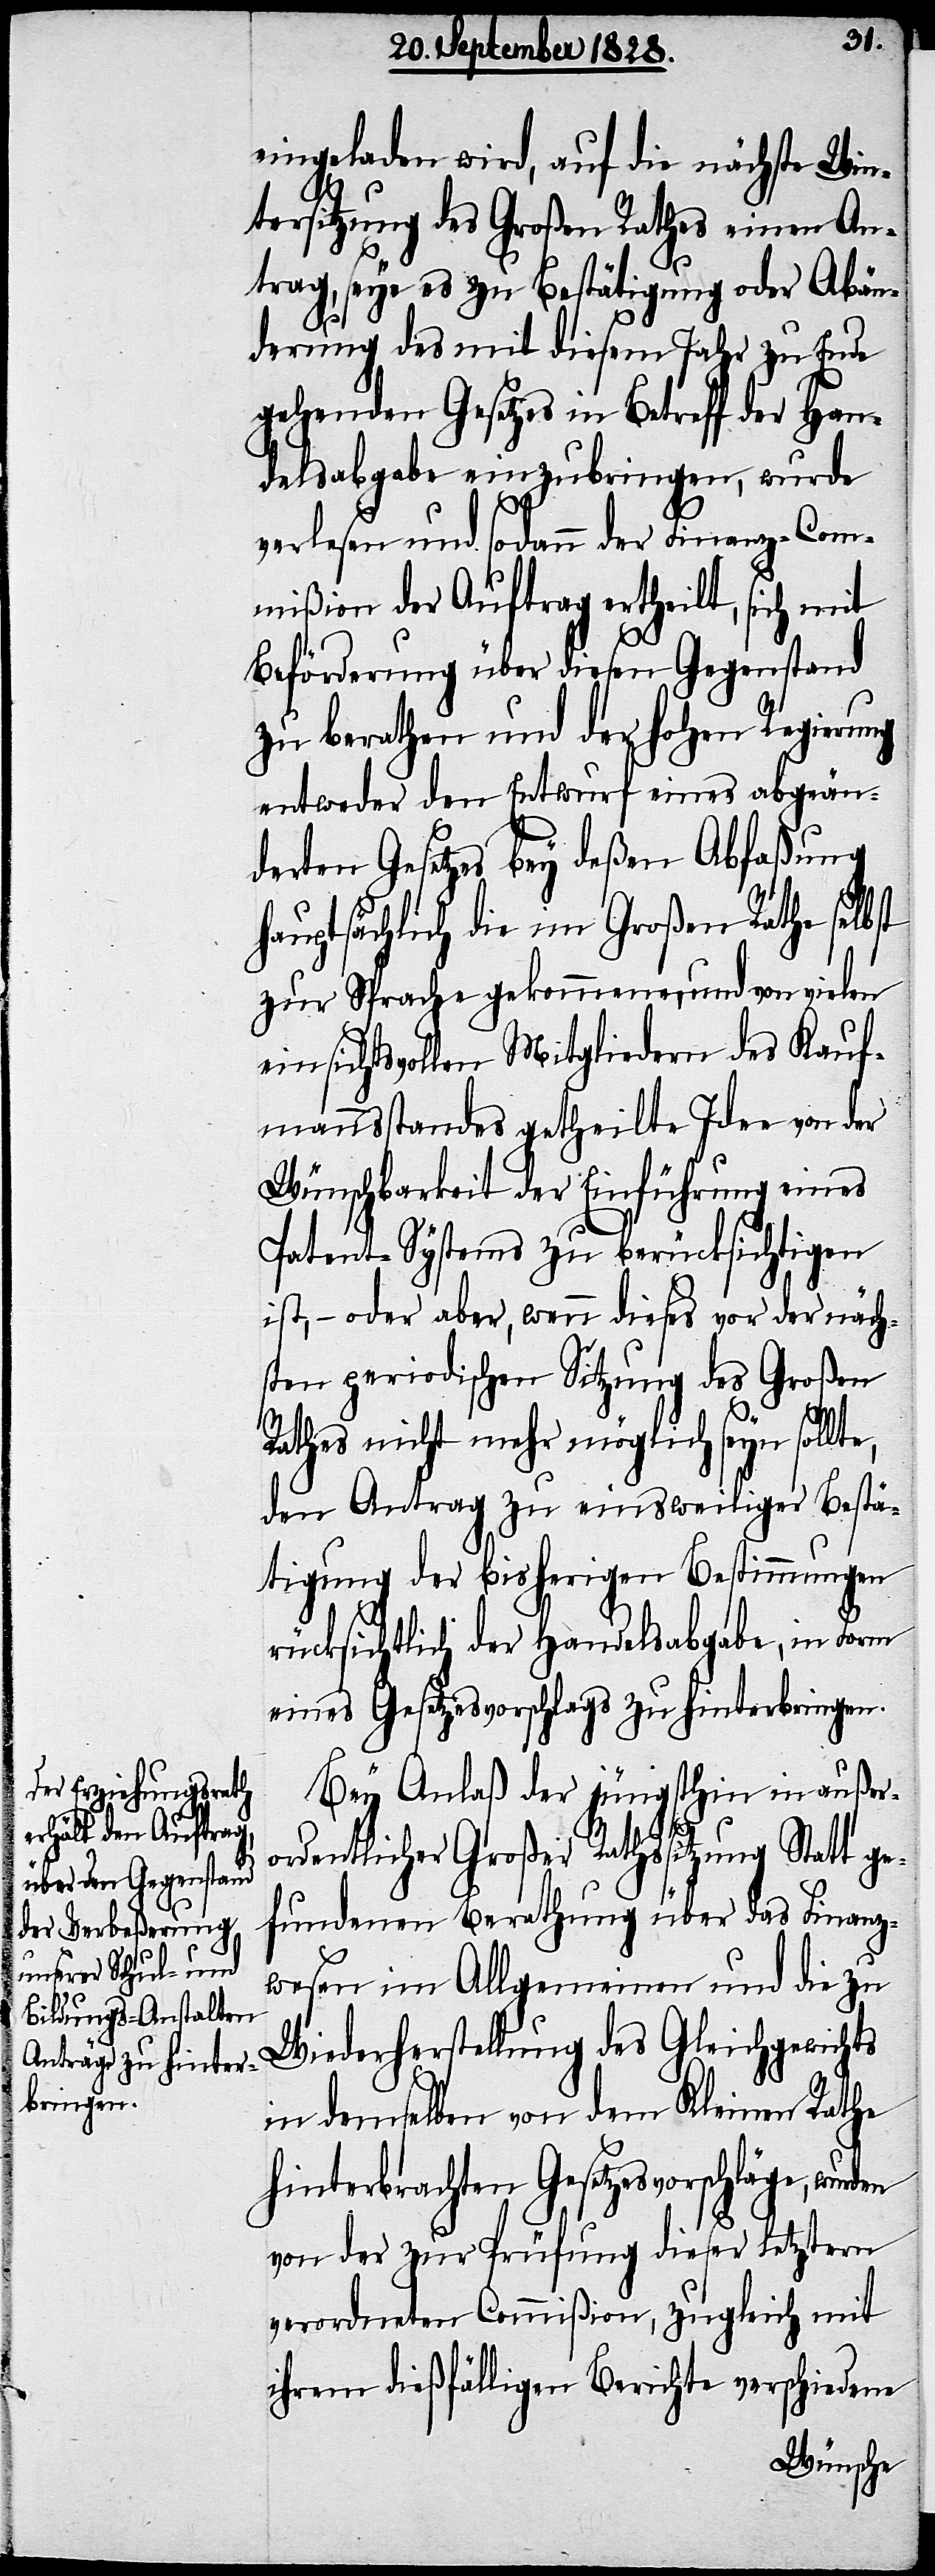
eingeladen wird, auf die nächste Win¬
e,
tersitzung des Großen Rathes einen An¬
trag, seye es zu Bestätigung oder Abän¬
derung des mit diesem Jahr zu Ende
gehenden Gesetzes in Betreff der Han¬
delsabgabe einzubringen, wurde
verlesen und sodann der Finanz-Com¬
mißion der Auftrag ertheilt, sich mit
Beförderung über diesen Gegenstand
zu berathen und der hohen Regierung
entweder den Entwurf eines abgeän¬
derten Gesetzes bey deßen Abfaßung
hauptsächlich die im Großen Rathe selbst
zur Sprache gekommene, und von vielen
einsichtsvollen Mitgliedern des Kauf¬
mannsstandes getheilte Idee von der
Wünschbarkeit der Einführung eines
Patent-Systems zu berücksichtigen
ist, – oder aber, wenn dieses vor der näch¬
sten periodischen Sitzung des Großen
Rathes nicht mehr möglich seyn sollt¬
den Antrag zu einstweiliger Bestä¬
tigung der bisherigen Bestimmungen
rücksichtlich der Handelsabgabe, in Form
eines Gesetzesvorschlags zu hinterbringen.
Bey Anlaß der jüngsthin in außer¬
ordentlicher Großer Rathssitzung Statt ge¬
fundenen Berathung über das Finanz¬
wesen im Allgemeinen und die zu
Wiederherstellung des Gleichgewichts
in demselben von dem Kleinen Rathe
hinterbrachte Gesetzesvorschläge, wurden
von der zur Prüfung dieser letztern
verordneten Commißion, zugleich mit
ihrem dießfälligen Berichte verschiedene